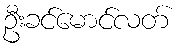
ဦးခင်မောင်လတ်